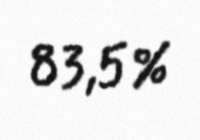
83,5%